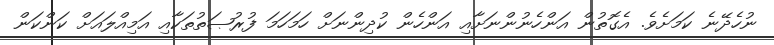
ނުހެދޭނެ ކަމަށެވެ. އެގޮތުން އަންހެނުންނަށާއި އަންހެން ކުދިންނަށް ހަމަހަމަ ފުރުޞަތުތަކާއި އަމިއްލައަށް ކަންކަން